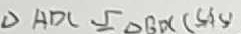
\Delta A D C \cong \Delta B D C ( S A S )